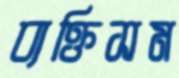
ব্যক্তিসম